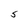
Character: S